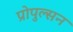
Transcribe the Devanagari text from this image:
प्रोपुल्सन